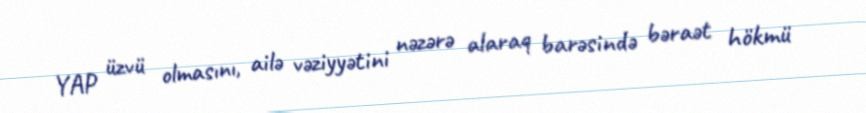
YAP üzvü olmasını, ailə vəziyyətini nəzərə alaraq barəsində bəraət hökmü